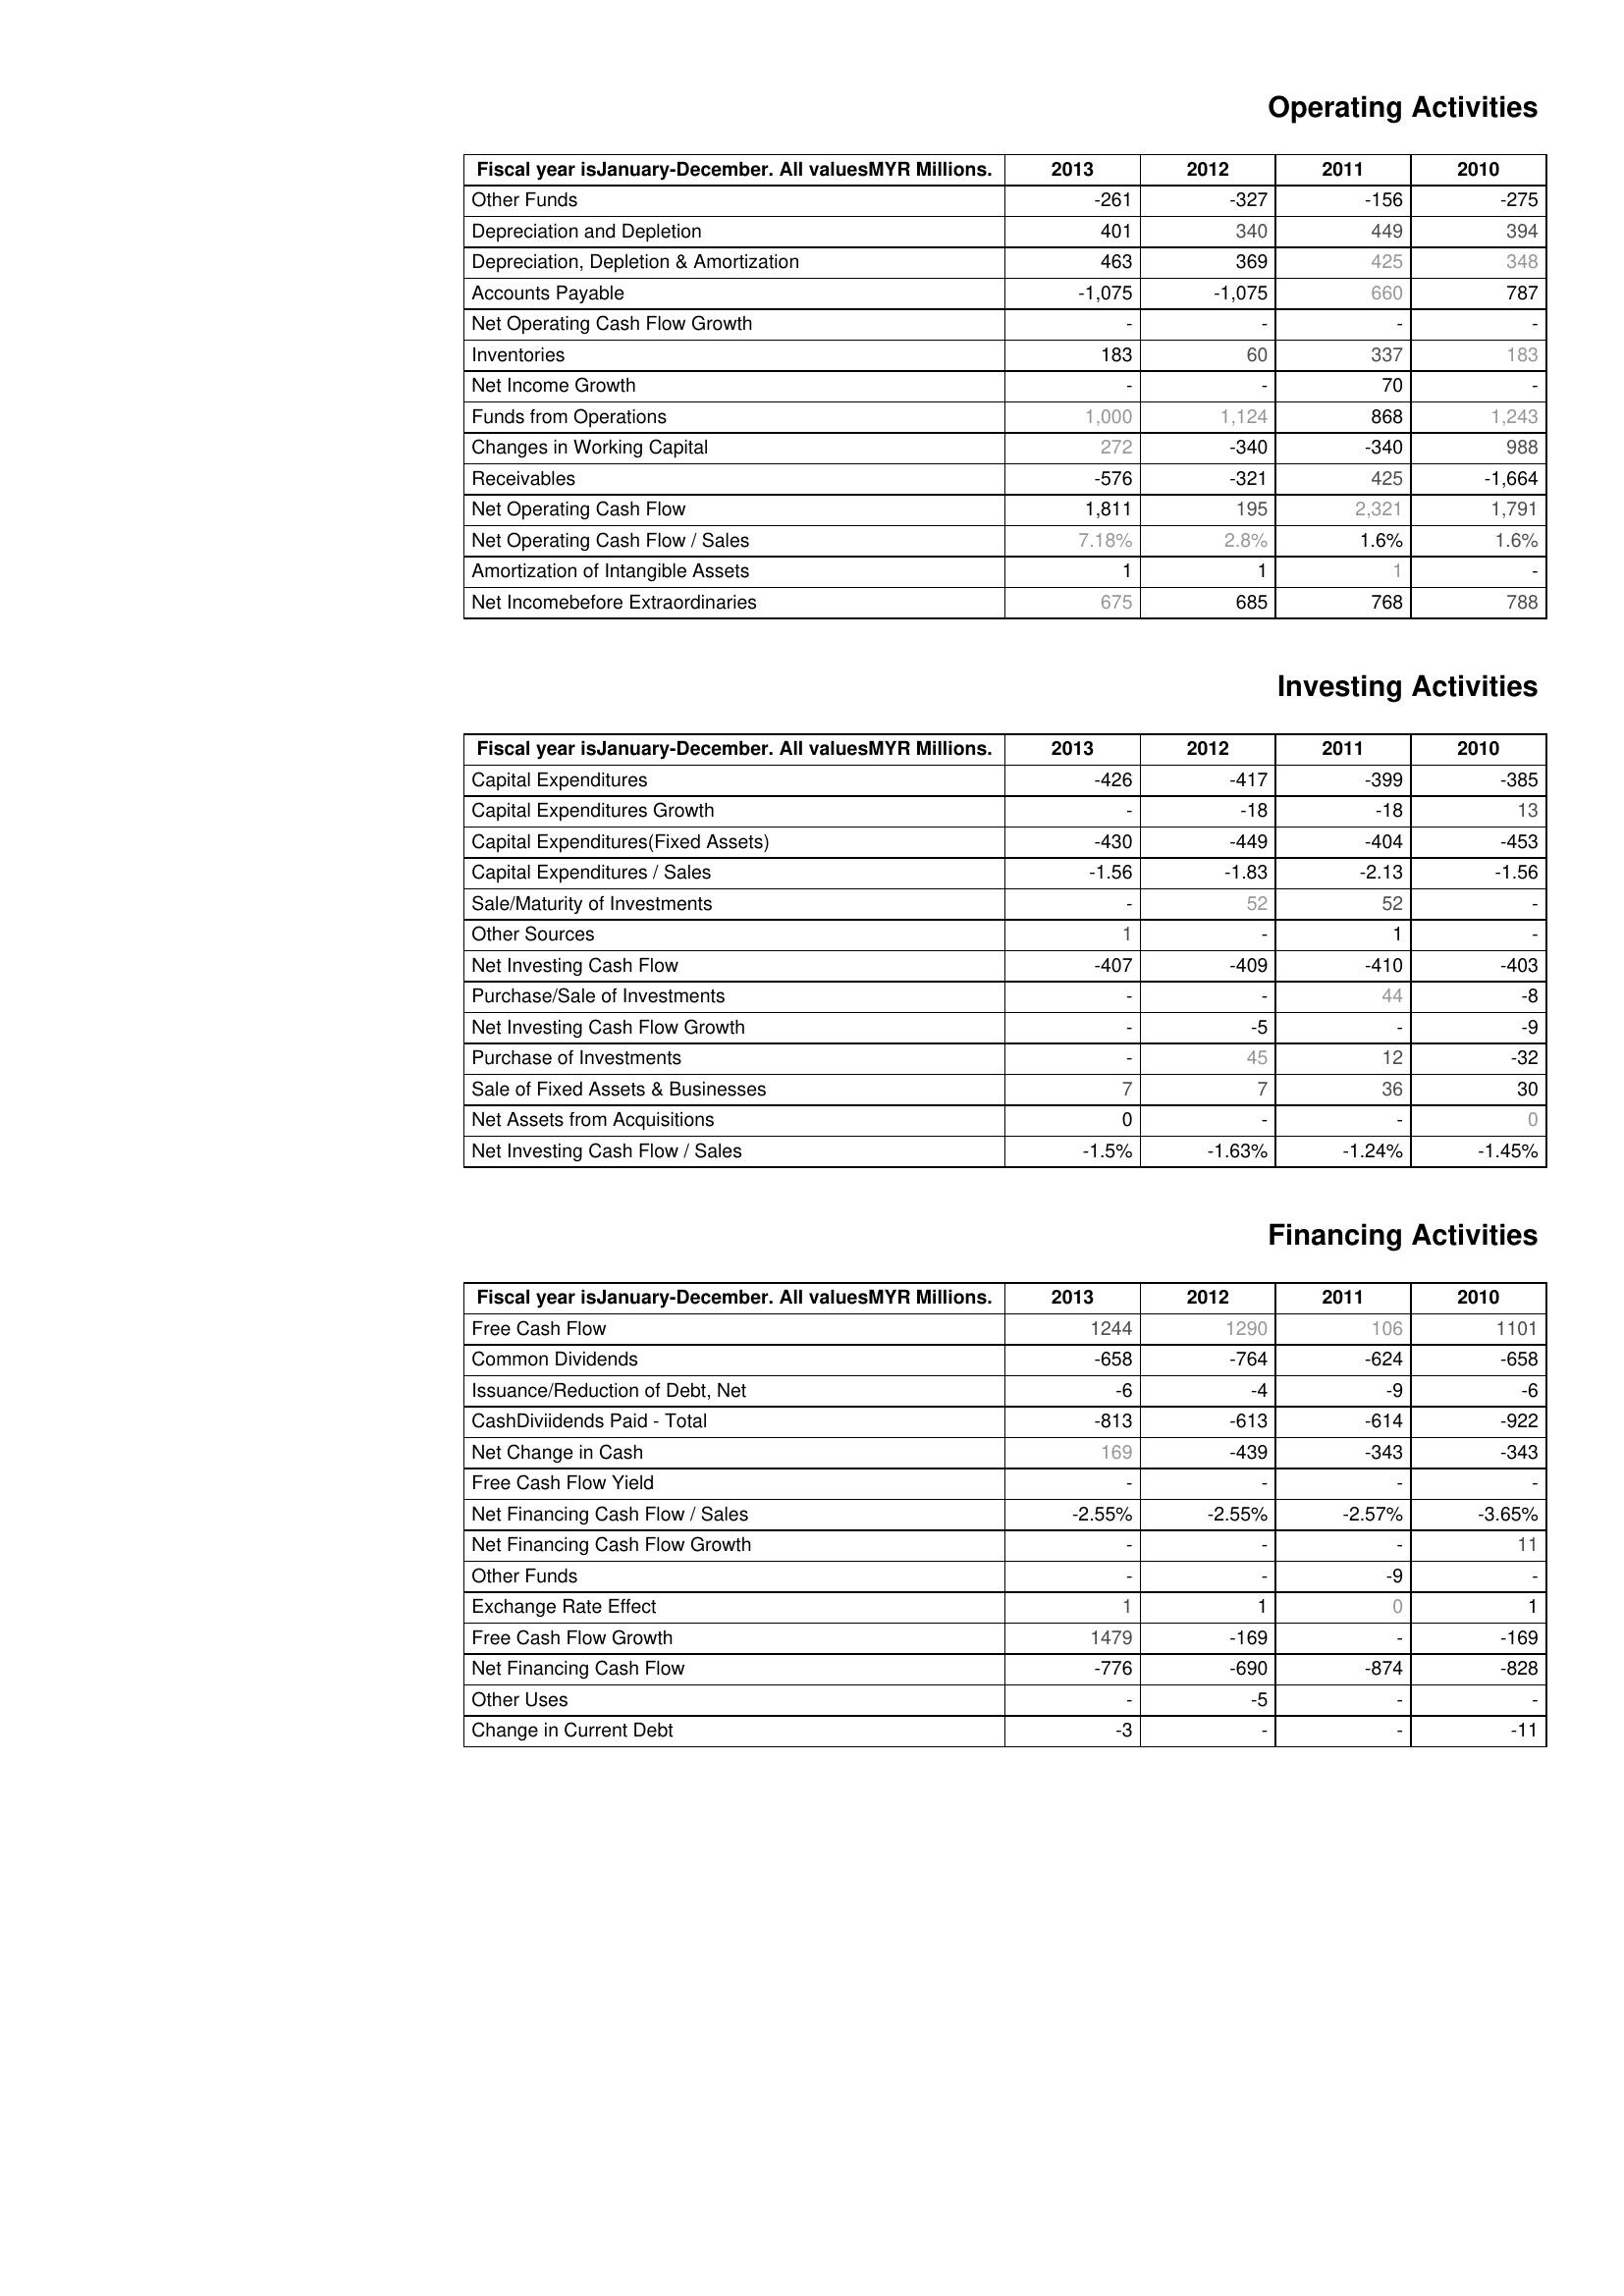
2013: Operating Activities: Other Funds: -261
Depreciation and Depletion: 401
Depreciation, Depletion & Amortization: 463
Accounts Payable: -1,075
Net Operating Cash Flow Growth: -
Inventories: 183
Net Income Growth: -
Funds from Operations: 1,000
Changes in Working Capital: 272
Receivables: -576
Net Operating Cash Flow: 1,811
Net Operating Cash Flow / Sales: 7.18%
Amortization of Intangible Assets: 1
Net Incomebefore Extraordinaries: 675
Investing Activities: Capital Expenditures: -426
Capital Expenditures Growth: -
Capital Expenditures(Fixed Assets): -430
Capital Expenditures / Sales: -1.56
Sale/Maturity of Investments: -
Other Sources: 1
Net Investing Cash Flow: -407
Purchase/Sale of Investments: -
Net Investing Cash Flow Growth: -
Purchase of Investments: -
Sale of Fixed Assets & Businesses: 7
Net Assets from Acquisitions: 0
Net Investing Cash Flow / Sales: -1.5%
Financing Activities: Free Cash Flow: 1244
Common Dividends: -658
Issuance/Reduction of Debt, Net: -6
CashDiviidends Paid - Total: -813
Net Change in Cash: 169
Free Cash Flow Yield: -
Net Financing Cash Flow / Sales: -2.55%
Net Financing Cash Flow Growth: -
Other Funds: -
Exchange Rate Effect: 1
Free Cash Flow Growth: 1479
Net Financing Cash Flow: -776
Other Uses: -
Change in Current Debt: -3
2012: Operating Activities: Other Funds: -327
Depreciation and Depletion: 340
Depreciation, Depletion & Amortization: 369
Accounts Payable: -1,075
Net Operating Cash Flow Growth: -
Inventories: 60
Net Income Growth: -
Funds from Operations: 1,124
Changes in Working Capital: -340
Receivables: -321
Net Operating Cash Flow: 195
Net Operating Cash Flow / Sales: 2.8%
Amortization of Intangible Assets: 1
Net Incomebefore Extraordinaries: 685
Investing Activities: Capital Expenditures: -417
Capital Expenditures Growth: -18
Capital Expenditures(Fixed Assets): -449
Capital Expenditures / Sales: -1.83
Sale/Maturity of Investments: 52
Other Sources: -
Net Investing Cash Flow: -409
Purchase/Sale of Investments: -
Net Investing Cash Flow Growth: -5
Purchase of Investments: 45
Sale of Fixed Assets & Businesses: 7
Net Assets from Acquisitions: -
Net Investing Cash Flow / Sales: -1.63%
Financing Activities: Free Cash Flow: 1290
Common Dividends: -764
Issuance/Reduction of Debt, Net: -4
CashDiviidends Paid - Total: -613
Net Change in Cash: -439
Free Cash Flow Yield: -
Net Financing Cash Flow / Sales: -2.55%
Net Financing Cash Flow Growth: -
Other Funds: -
Exchange Rate Effect: 1
Free Cash Flow Growth: -169
Net Financing Cash Flow: -690
Other Uses: -5
Change in Current Debt: -
2011: Operating Activities: Other Funds: -156
Depreciation and Depletion: 449
Depreciation, Depletion & Amortization: 425
Accounts Payable: 660
Net Operating Cash Flow Growth: -
Inventories: 337
Net Income Growth: 70
Funds from Operations: 868
Changes in Working Capital: -340
Receivables: 425
Net Operating Cash Flow: 2,321
Net Operating Cash Flow / Sales: 1.6%
Amortization of Intangible Assets: 1
Net Incomebefore Extraordinaries: 768
Investing Activities: Capital Expenditures: -399
Capital Expenditures Growth: -18
Capital Expenditures(Fixed Assets): -404
Capital Expenditures / Sales: -2.13
Sale/Maturity of Investments: 52
Other Sources: 1
Net Investing Cash Flow: -410
Purchase/Sale of Investments: 44
Net Investing Cash Flow Growth: -
Purchase of Investments: 12
Sale of Fixed Assets & Businesses: 36
Net Assets from Acquisitions: -
Net Investing Cash Flow / Sales: -1.24%
Financing Activities: Free Cash Flow: 106
Common Dividends: -624
Issuance/Reduction of Debt, Net: -9
CashDiviidends Paid - Total: -614
Net Change in Cash: -343
Free Cash Flow Yield: -
Net Financing Cash Flow / Sales: -2.57%
Net Financing Cash Flow Growth: -
Other Funds: -9
Exchange Rate Effect: 0
Free Cash Flow Growth: -
Net Financing Cash Flow: -874
Other Uses: -
Change in Current Debt: -
2010: Operating Activities: Other Funds: -275
Depreciation and Depletion: 394
Depreciation, Depletion & Amortization: 348
Accounts Payable: 787
Net Operating Cash Flow Growth: -
Inventories: 183
Net Income Growth: -
Funds from Operations: 1,243
Changes in Working Capital: 988
Receivables: -1,664
Net Operating Cash Flow: 1,791
Net Operating Cash Flow / Sales: 1.6%
Amortization of Intangible Assets: -
Net Incomebefore Extraordinaries: 788
Investing Activities: Capital Expenditures: -385
Capital Expenditures Growth: 13
Capital Expenditures(Fixed Assets): -453
Capital Expenditures / Sales: -1.56
Sale/Maturity of Investments: -
Other Sources: -
Net Investing Cash Flow: -403
Purchase/Sale of Investments: -8
Net Investing Cash Flow Growth: -9
Purchase of Investments: -32
Sale of Fixed Assets & Businesses: 30
Net Assets from Acquisitions: 0
Net Investing Cash Flow / Sales: -1.45%
Financing Activities: Free Cash Flow: 1101
Common Dividends: -658
Issuance/Reduction of Debt, Net: -6
CashDiviidends Paid - Total: -922
Net Change in Cash: -343
Free Cash Flow Yield: -
Net Financing Cash Flow / Sales: -3.65%
Net Financing Cash Flow Growth: 11
Other Funds: -
Exchange Rate Effect: 1
Free Cash Flow Growth: -169
Net Financing Cash Flow: -828
Other Uses: -
Change in Current Debt: -11